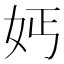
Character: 𡛔